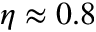
\eta \approx 0 . 8